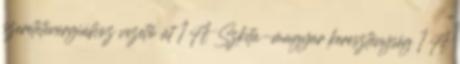
szeretetenergiához vezető út 1 A Szkíta-magyar kereszténység 1 A